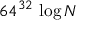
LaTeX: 6 4 ^ { 3 2 } \, \log N